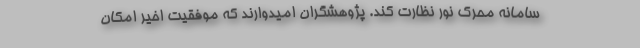
سامانه محرک نور نظارت کند. پژوهشگران امیدوارند که موفقیت اخیر امکان